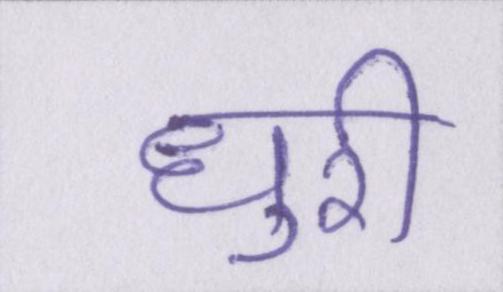
धुरी